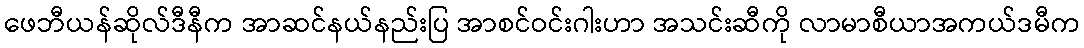
ဖေဘီယန်ဆိုလ်ဒီနီက အာဆင်နယ်နည်းပြ အာစင်ဝင်းဂါးဟာ အသင်းဆီကို လာမာစီယာအကယ်ဒမီက